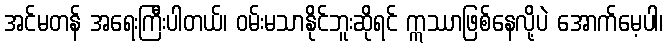
အင်မတန် အရေးကြီးပါတယ်၊ ဝမ်းမသာနိုင်ဘူးဆိုရင် ဣဿာဖြစ်နေလို့ပဲ အောက်မေ့ပါ၊